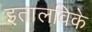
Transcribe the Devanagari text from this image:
इतालविके